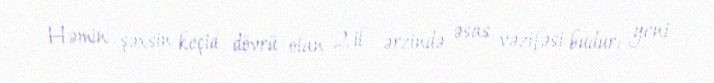
Həmin şəxsin keçid dövrü olan 2 il ərzində əsas vəzifəsi budur: yeni